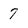
Character: 7